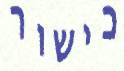
כישור